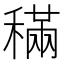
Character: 𥡹